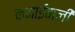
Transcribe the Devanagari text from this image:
कमाईवाली